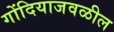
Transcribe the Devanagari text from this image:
गोंदियाजवळील